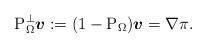
LaTeX: \begin{align*}\mathrm{P}_\Omega^\perp \boldsymbol v:=(\mathrm{1}-\mathrm{P}_\Omega) \boldsymbol v= \nabla \pi.\end{align*}